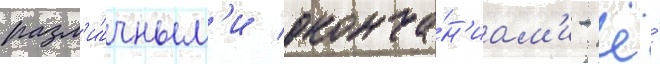
разл'и́чным'и оконча́н'иам'и - ё́